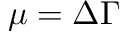
\mu = \Delta \Gamma